Vaccination in Bombay 1869-1873 - 1869-1873
Year: 1869
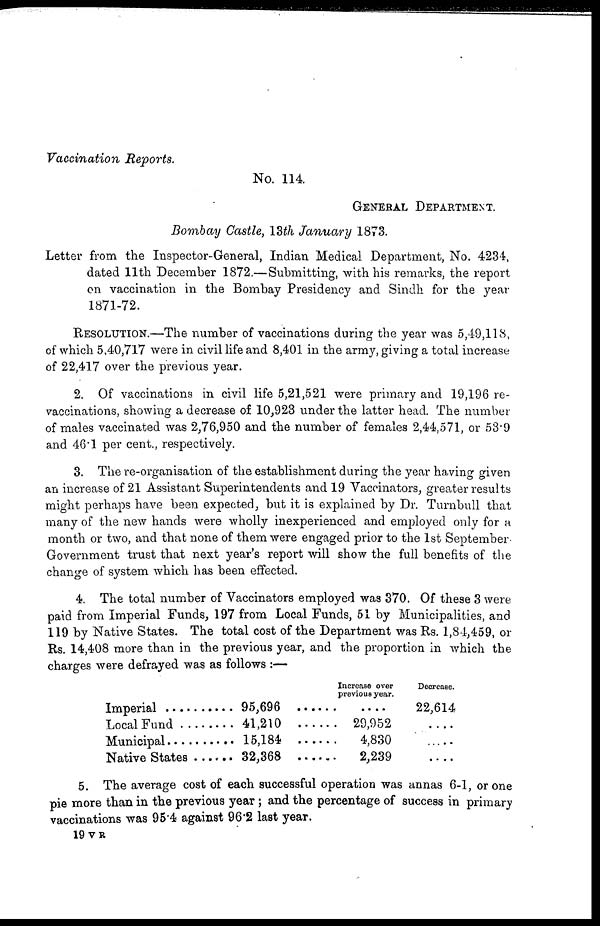
Vaccination
Reports.
No. 114.
GENERAL DEPARTMENT.
Bombay Castle, 13th January 1873.
Letter from the Inspector-General, Indian Medical Department, No. 4234,
dated 11th December 1872.— Submitting, with his remarks, the report
on vaccination in the Bombay Presidency and Sindh for the year
1871-72.
RESOLUTION.—The number of vaccinations during the year was 5,49,118,
of which 5,40,717 were in civil life and 8,401 in the army, giving a total increase
of 22,417 over the previous year.
2. Of vaccinations in civil life 5,21,521 were primary and 19,196 re-
vaccinations, showing a decrease of 10,923 under the latter head. The number
of males vaccinated was 2,76,950 and the number of females 2,44,571, or 53.9
and 46.1 per cent., respectively.
3. The re-organisation of the establishment during the year having given
an increase of 21 Assistant Superintendents and 19 Vaccinators, greater results
might perhaps have been expected, but it is explained by Dr. Turnbull that
many of the new hands were wholly inexperienced and employed only for a
month or two, and that none of them were engaged prior to the 1st September.
Government trust that next year's report will show the full benefits of the
change of system which has been effected.
4. The total number of Vaccinators employed was 370. Of these 3 were
paid from Imperial Funds, 197 from Local Funds, 51 by Municipalities, and
119 by Native States. The total cost of the Department was Rs. 1,84,459, or
Rs. 14,408 more than in the previous year, and the proportion in which the
charges were defrayed was as follows :—
Imperial.............................
Local Fund .......................
Municipal.........................
Native States ...................
95,696 ......
41,210
15,184
32,368 ......
Increase over
previous year.
....
29,952
4 830
2,239
Decrease.
22,614
....
....
....
5. The average cost of each successful operation was annas 6-1, or one
pie more than in the previous year ; and the percentage of success in primary
vaccinations was 95.4 against 96.2 last year.
19 V R